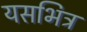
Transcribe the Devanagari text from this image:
यसभित्र